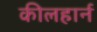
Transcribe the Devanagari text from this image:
कीलहार्न